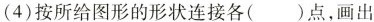
(4)按所给图形的形状连接各( )点，画出